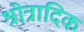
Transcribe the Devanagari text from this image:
श्रोत्रादिक